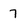
Character: 7